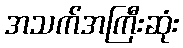
အသက်အကြီးဆုံး